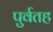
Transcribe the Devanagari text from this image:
पुर्वतह